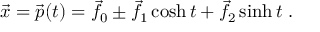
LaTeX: { \vec { x } } = { \vec { p } } ( t ) = { \vec { f } } _ { 0 } \pm { \vec { f } } _ { 1 } \cosh t + { \vec { f } } _ { 2 } \sinh t \ .